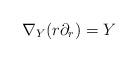
LaTeX: \begin{align*}\nabla_Y (r \partial_r) = Y \end{align*}